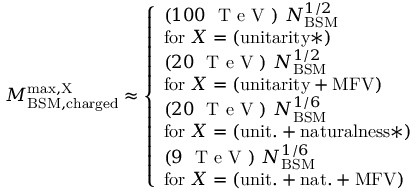
M _ { \mathrm { B S M , c h a r g e d } } ^ { \mathrm { m a x , X } } \approx \left\{ \begin{array} { l } { ( 1 0 0 ~ { \textrm { T e V } } ) \ N _ { \mathrm { B S M } } ^ { 1 / 2 } } \\ { \mathrm { f o r \; } X = \mathrm { ( u n i t a r i t y * ) } } \\ { ( 2 0 ~ { \textrm { T e V } } ) \ N _ { \mathrm { B S M } } ^ { 1 / 2 } } \\ { \mathrm { f o r \; } X = \mathrm { ( u n i t a r i t y + M F V ) } } \\ { ( 2 0 ~ { \textrm { T e V } } ) \ N _ { \mathrm { B S M } } ^ { 1 / 6 } } \\ { \mathrm { f o r \; } X = \mathrm { ( u n i t . + n a t u r a l n e s s * ) } } \\ { ( 9 ~ { \textrm { T e V } } ) \ N _ { \mathrm { B S M } } ^ { 1 / 6 } } \\ { \mathrm { f o r \; } X = \mathrm { ( u n i t . + n a t . + M F V ) } } \end{array} \right.